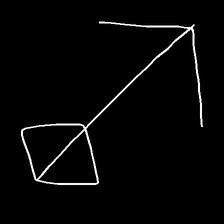
Glyph: focus